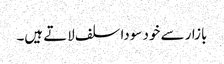
بازار سے خود سودا سلف لاتے ہیں۔